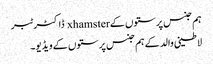
ہم جنس پرستوں کے xhamster ڈاکٹر ٹبر
لاطینی والد کے ہم جنس پرستوں کے ویڈیو۔